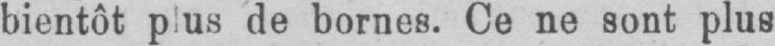
bientôt plus de bornes. Ce ne sont plus